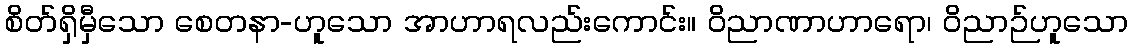
စိတ်ရှိမှီသော စေတနာ-ဟူသော အာဟာရလည်းကောင်း။ ဝိညာဏာဟာရော၊ ဝိညာဉ်ဟူသော